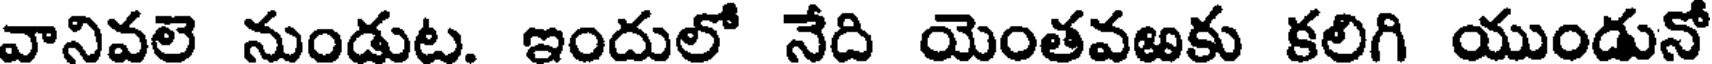
వానివలె నుండుట. ఇందులో నేది యెంతవఱకు కలిగి యుండునో